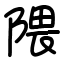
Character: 隈